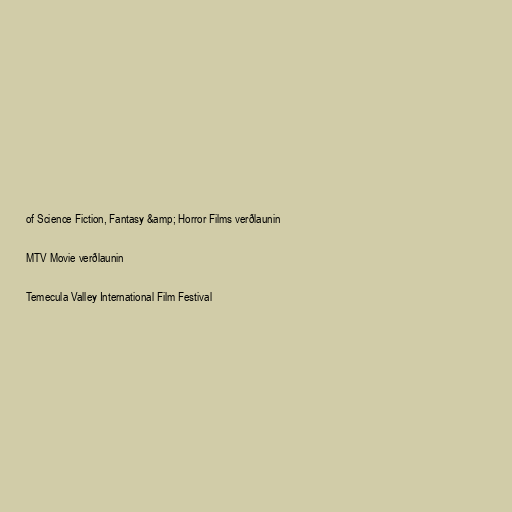
of Science Fiction, Fantasy &amp; Horror Films verðlaunin

MTV Movie verðlaunin

Temecula Valley International Film Festival